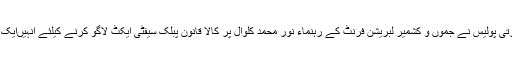
11 اکتوبر2016ء) مقبوضہ کشمیرمیں بھارتی پولیس نے جموں و کشمیر لبریشن فرنٹ کے رہنماء نور محمد کلوال پر کالا قانون پبلک سیفٹی ایکٹ لاگو کرنے کیلئے انہیںایک پرانے جھوٹے مقدمے میں ملوث کر دیاہے۔